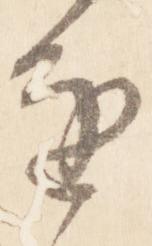
進